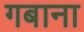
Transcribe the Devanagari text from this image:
गबाना